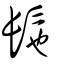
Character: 髢